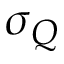
\sigma _ { Q }